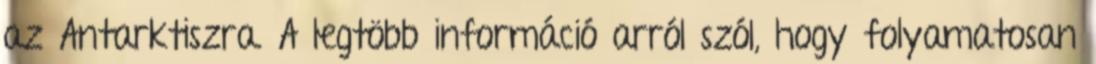
az Antarktiszra. A legtöbb információ arról szól, hogy folyamatosan